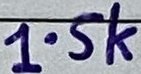
Text: 1.5k